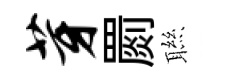
芽罽聮